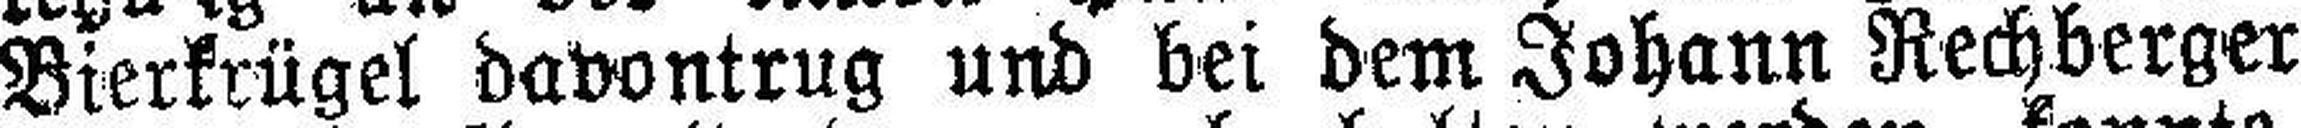
Bierkrügel davontrug und bei dem Johann Rechberger